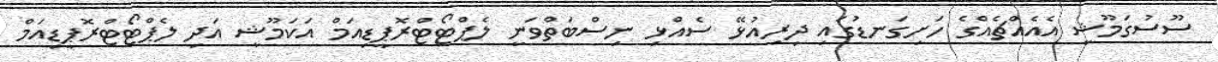
ސޫސުގަމޫޝީ އެއެއްޗެއްގެ ހަށިގަނޑުގައި ދިރިއުޅޭ ސެއްޅި ނިސްބަތްވަނީ ލެޕްޓޯޓްރޮޕީޑިއަމް އަކަމޫޝީ އަދި ލެޕްޓޯޓްރޮޕީޑިއަމް